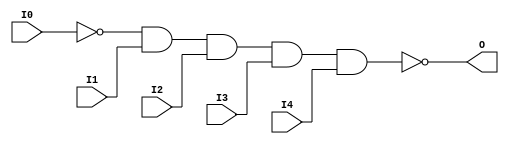
module NAND5B1 (O, I0, I1, I2, I3, I4);

    output O;

    input  I0, I1, I2, I3, I4;

    wire i0_inv;

    not N0 (i0_inv, I0);
    nand A1 (O, i0_inv, I1, I2, I3, I4);


endmodule